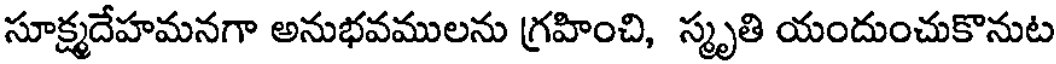
సూక్ష్మదేహమనగా అనుభవములను గ్రహించి, స్మృతి యందుంచుకొనుట